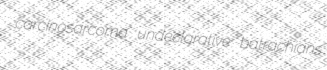
carcinosarcoma undeclarative batrachians